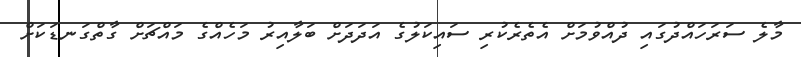
މާލެ ސަރަހައްދުގައި ދުއްވުމަށް އެތެރެކުރި ސައިކަލުގެ އަދަދަށް ބަލާއިރު މަހެއްގެ މައްޗަށް ގާތްގަނޑަކަށް